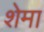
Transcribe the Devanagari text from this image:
शेमा